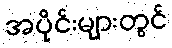
အပိုင်းများတွင်